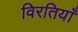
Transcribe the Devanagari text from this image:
विरतियाँ